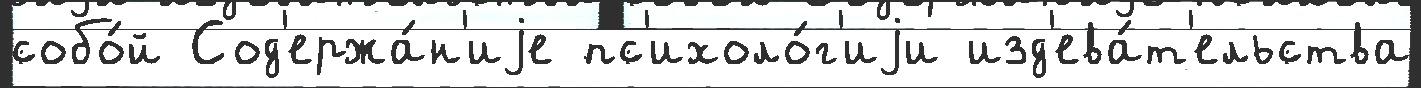
собо́й Сод'ержа́н'иjе пс'ихоло́г'иjи изд'ева́т'ельства